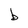
Character: b